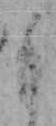
も